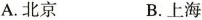
A.北京 B.上海